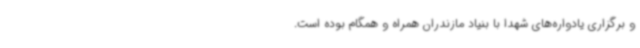
و برگزاری یادواره‌های شهدا با بنیاد مازندران همراه و همگام بوده است.